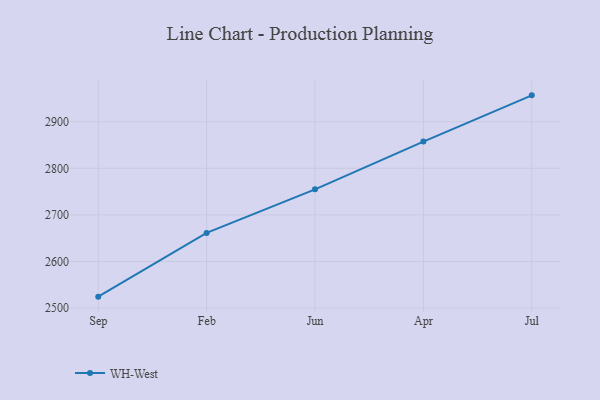
{"axis": {"x": "Month", "y": "LTV (USD)"}, "legend": ["WH-West"], "data": [{"x": "Sep", "y": 2524.6, "type": "WH-West"}, {"x": "Feb", "y": 2661.4, "type": "WH-West"}, {"x": "Jun", "y": 2754.9, "type": "WH-West"}, {"x": "Apr", "y": 2857.4, "type": "WH-West"}, {"x": "Jul", "y": 2956.6, "type": "WH-West"}]}